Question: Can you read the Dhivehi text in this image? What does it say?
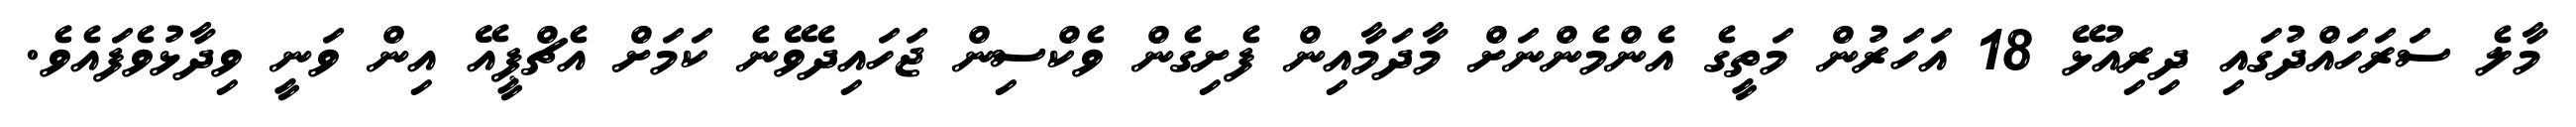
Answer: މާލެ ސަރަހައްދުގައި ދިރިއުޅޭ 18 އަހަރުން މަތީގެ އެންމެންނަށް މާދަމާއިން ފެށިގެން ވެކްސިން ޖަހައިދެވޭނެ ކަމަށް އެޗްޕީއޭ އިން ވަނީ ވިދާޅުވެފައެވެ.